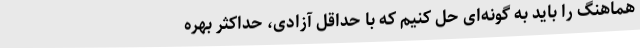
هماهنگ را باید به گونه‌ای حل کنیم که با حداقل آزادی، حداکثر بهره